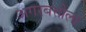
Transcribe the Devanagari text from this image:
अगरबत्तीला